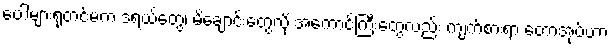
ပေါများရုံတင်မက ဒရယ်တွေ၊ မိချောင်းတွေလို အကောင်ကြီးတွေလည်း ကျက်စားရာ တောအုပ်ဟာ